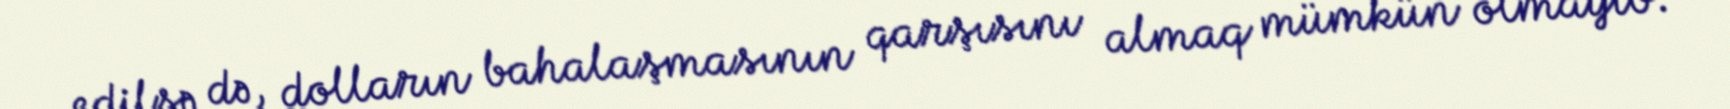
edilsə də, dolların bahalaşmasının qarşısını almaq mümkün olmayıb.